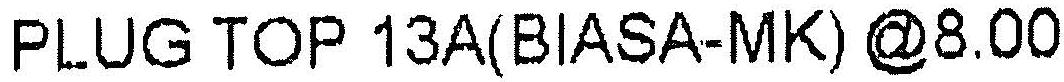
PLUG TOP 13A(BIASA-MK) @8.00